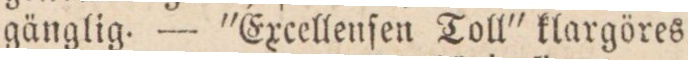
gänglig. — ”Excellenſen Toll”klargöres